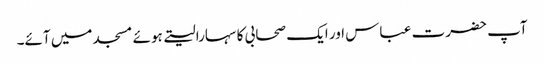
آپ حضرت عباس اور ایک صحابی کا سہارا لیتے ہوئے مسجد میں آئے۔